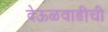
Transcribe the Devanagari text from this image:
देऊळवाडीची